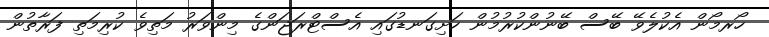
ހޯރމޯން އެކުލެވޭ ބޭސް ބޭނުންކުރުމުން ހަށިގަނޑުގައި އެސްޓްރަޖަންގެ މިންވަރު މަތިވެ ކުރިމަތި ފަރާތުން